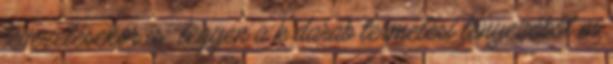
levezetésekor is: legyen a k darab termelési tényezőből m